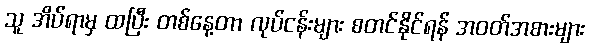
သူ အိပ်ရာမှ ထပြီး တစ်နေ့တာ လုပ်ငန်းများ စတင်နိုင်ရန် အဝတ်အစားများ